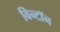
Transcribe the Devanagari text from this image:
विन्टॉन